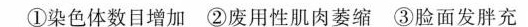
①染色体数目增加②废用性肌肉萎缩③脸面发胖充